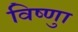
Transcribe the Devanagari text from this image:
विष्णुा